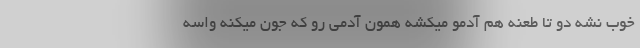
خوب نشه دو تا طعنه هم آدمو میکُشه همون آدمی رو که جون میکَّنه واسه